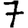
Digit: 7